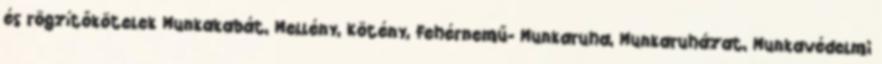
és rögzítőkötelek Munkakabát, Mellény, Kötény, Fehérnemű- Munkaruha, Munkaruházat, Munkavédelmi